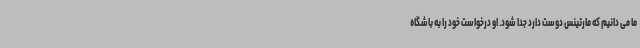
ما می دانیم که مارتینس دوست دارد جدا شود. او درخواست خود را به باشگاه